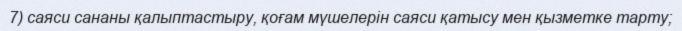
7) саяси сананы қалыптастыру, қоғам мүшелерін саяси қатысу мен қызметке тарту;